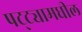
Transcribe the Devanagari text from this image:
पट्ट्यामधील